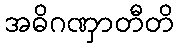
အဓိဂဏှာတီတိ